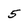
Character: 5